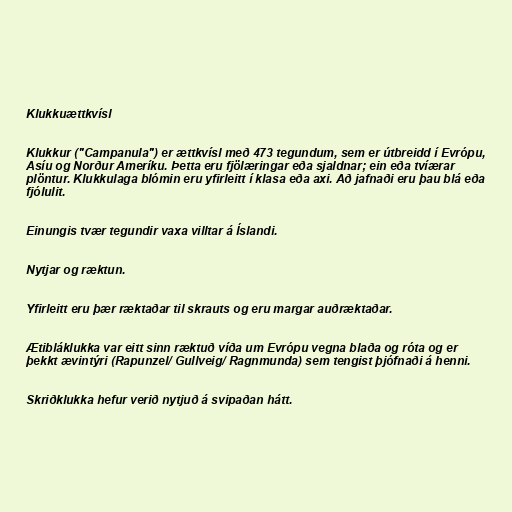
Klukkuættkvísl

Klukkur ("Campanula") er ættkvísl með 473 tegundum, sem er útbreidd í Evrópu,
Asíu og Norður Ameríku. Þetta eru fjölæringar eða sjaldnar; ein eða tvíærar
plöntur. Klukkulaga blómin eru yfirleitt í klasa eða axi. Að jafnaði eru þau blá eða
fjólulit.

Einungis tvær tegundir vaxa villtar á Íslandi.

Nytjar og ræktun.

Yfirleitt eru þær ræktaðar til skrauts og eru margar auðræktaðar.

Ætibláklukka var eitt sinn ræktuð víða um Evrópu vegna blaða og róta og er
þekkt ævintýri (Rapunzel/ Gullveig/ Ragnmunda) sem tengist þjófnaði á henni.

Skriðklukka hefur verið nytjuð á svipaðan hátt.